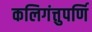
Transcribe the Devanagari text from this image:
कलिगंत्तुपर्णि